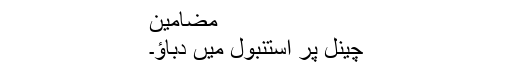
مضامین
چینل پر استنبول میں دباؤ۔